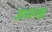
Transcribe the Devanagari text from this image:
अध्ययक्ष